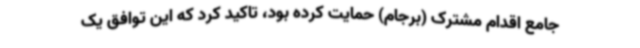
جامع اقدام مشترک (برجام) حمایت کرده بود، تاکید کرد که این توافق یک